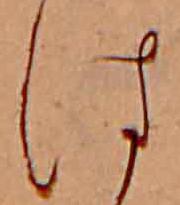
は